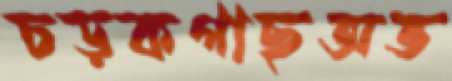
চড়কগাছঅভ